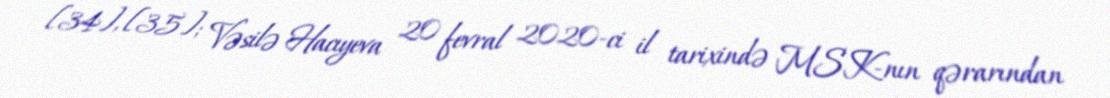
[34], [35]; Vəsilə Hacıyeva 20 fevral 2020-ci il tarixində MSK-nın qərarından